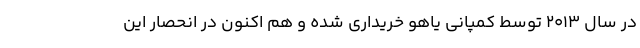
در سال 2013 توسط کمپانی یاهو خریداری شده و هم اکنون در انحصار این